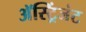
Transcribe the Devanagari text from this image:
अॅस्ट्रिंजंट